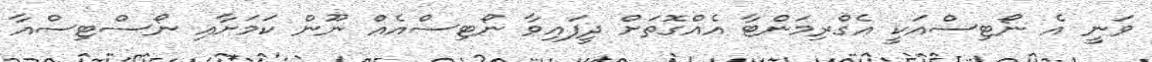
ވަނީ އެ ނޯޓިސްއަކީ އެގްރިމަންޓާ އެއްގޮތަށް ދީފައިވާ ނޯޓިސްއެއް ނޫން ކަމަށާއި ނޯސްޓިސްއާ